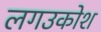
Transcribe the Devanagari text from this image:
लगउकोश